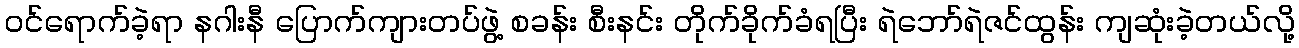
ဝင်ရောက်ခဲ့ရာ နဂါးနီ ပြောက်ကျားတပ်ဖွဲ့ စခန်း စီးနင်း တိုက်ခိုက်ခံရပြီး ရဲဘော်ရဲဇင်ထွန်း ကျဆုံးခဲ့တယ်လို့